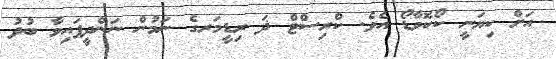
އަށް ކިޔަނީ ކޯކޮވާޑޯ އެވެ. ކްރިސްޓް ޛަ ރިޑީމަރގެ ނަމުން ނަންދީފައިވާ ބުދު